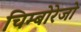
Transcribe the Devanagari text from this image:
चिम्बोरेजो